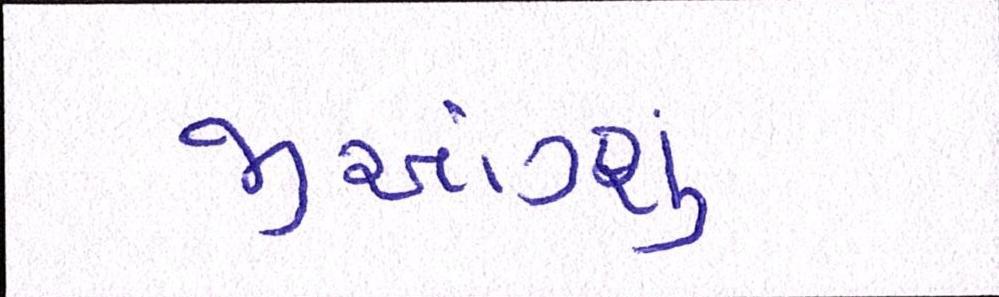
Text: જીઆંગ્શુ